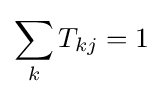
\sum _{k}T_{kj}=1